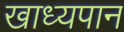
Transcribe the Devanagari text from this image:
खाध्यपान